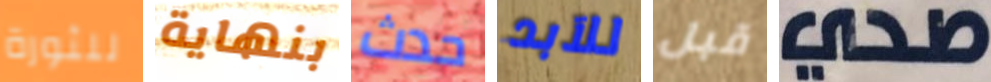
للثورة بنهاية حدث للآبد قبل صحي